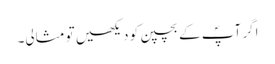
اگر آپؐ کے بچپن کو دیکھیں تو مثالی۔